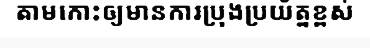
តាមកោះឲ្យមានការប្រុងប្រយ័ត្នខ្ពស់